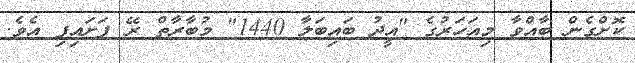
ކޮށްގެން ބާއްވާ މިއަހަރުގެ "އީދު ބައިބަލާ 1440" މުބާރާތް ރޭ ފަށައިފި އެވެ.